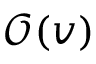
\mathcal { O } ( v )